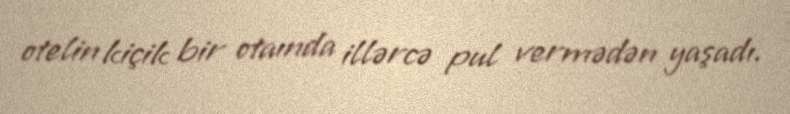
otelin kiçik bir otaında illərcə pul vermədən yaşadı.